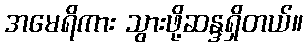
အမေရိကား သွားဖို့ဆန္ဒရှိတယ်။